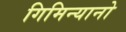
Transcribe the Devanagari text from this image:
गिमिन्यानो